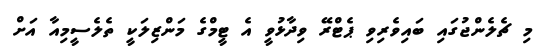
މި ޗެލެންޖުގައި ބައިވެރިވި ޕެޓްރޭ ވިދާޅުވީ އެ ޓީމްގެ މަންޒިލަކީ ތެލެސީމިއާ އަށް